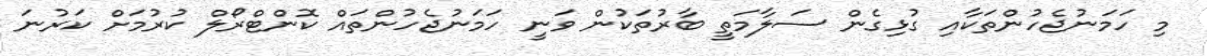
މި ހަމަނުޖެހުންތަކާއި ގުޅިގެން ސަލާމަތީ ބާރުތަކުން ވަނީ ހަމަނުޖެހުންތައް ކޮންޓްރޯލް ކުރުމަށް ކަރުނަ